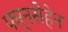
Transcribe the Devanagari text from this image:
फर्नसेहेन